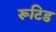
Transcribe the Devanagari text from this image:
रूटिड